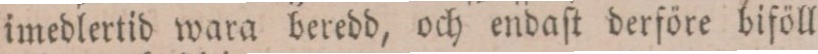
imedlertid wara beredd, och endaſt derföre biföll